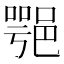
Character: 𨜝